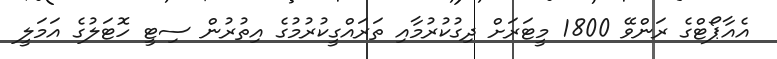
އެއާޕޯޓްގެ ރަންވޭ 1800 މީޓަރަށް ދިގުކުރުމާއި ތަރައްގީކުރުމުގެ އިތުރުން ސިޓީ ހޮޓަލުގެ އަމަލީ